Plague in India, 1896, 1897 - Volume 1
Year: 1896
Disease focus: Plague
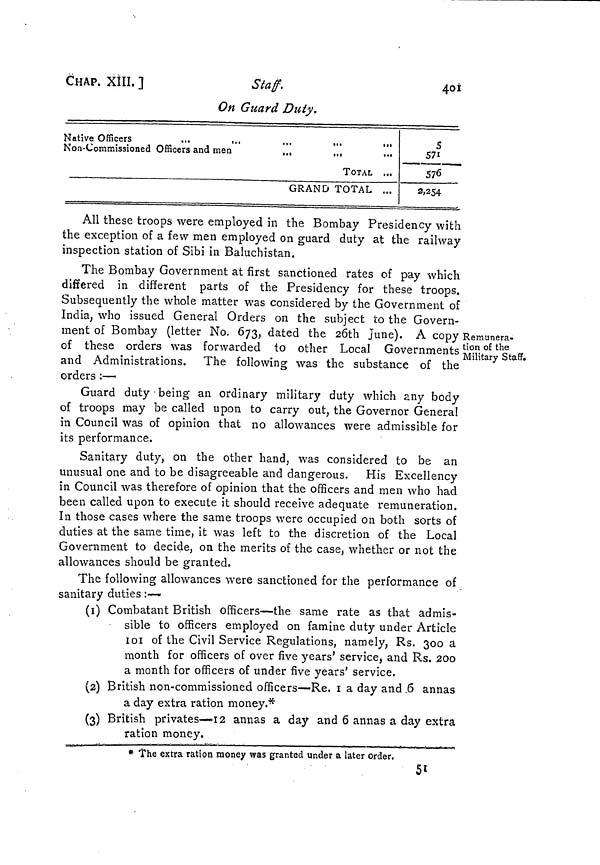
CHAP. XIII. ]
Staff.
401
On Guard Duty,
Native Officers
...
,,.
.,.
...
...
Non-Commissioned Officers and men
...
...
...
TOTAL ...
GRAND TOTAL ...
5
571
576
2,254
All these troops were employed in the Bombay Presidency with
the exception of a few men employed on guard duty at the railway
inspection station of Sibi in Baluchistan.
Remunera-
tion of the
Military Staff.
The Bombay Government at first sanctioned rates of pay which
differed in different parts of the Presidency for these troops.
Subsequently the whole matter was considered by the Government of
India, who issued General Orders on the subject to the Govern-
ment of Bombay (letter No. 673, dated the 26th June). A copy
of these orders was forwarded to other Local Governments
and Administrations. The following was the substance of the
orders :—
Guard duty being an ordinary military duty which any body
of troops may be called upon to carry out, the Governor General
in Council was of opinion that no allowances were admissible for
its performance.
Sanitary duty, on the other hand, was considered to be an
unusual one and to be disagreeable and dangerous. His Excellency
in Council was therefore of opinion that the officers and men who had
been called upon to execute it should receive adequate remuneration.
In those cases where the same troops were occupied on both sorts of
duties at the same time, it was left to the discretion of the Local
Government to decide, on the merits of the case, whether or not the
allowances should be granted.
The following allowances were sanctioned for the performance of
sanitary duties :—
(1) Combatant British officers—the same rate as that admis-
sible to officers employed on famine duty under Article
101 of the Civil Service Regulations, namely, Rs. 300 a
month for officers of over five years' service, and Rs. 200
a month for officers of under five years' service.
(2) British non-commissioned officers—Re. 1 a day and .6 annas
a day extra ration money.*
(3) British privates—12 annas a day and 6 annas a day extra
ration money.
* The extra ration money was granted under a later order,
51